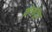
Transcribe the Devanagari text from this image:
क्रोनोट्रोप